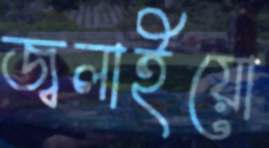
জ্বলাইয়ো